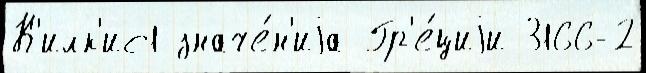
К'илк'ис1 значе́н'иjа Гр'е́циjи 3166-2